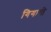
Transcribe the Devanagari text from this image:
गिगान्ते